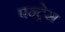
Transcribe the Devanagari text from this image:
एन्ट्रेस